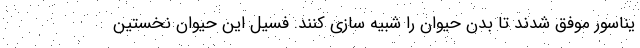
یناسور موفق شدند تا بدن حیوان را شبیه سازی کنند. فسیل این حیوان نخستین